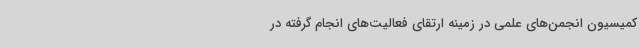
کمیسیون انجمن‌های علمی در زمینه ارتقای فعالیت‌های انجام گرفته در